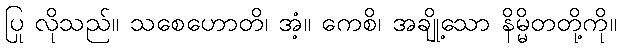
ပြု လိုသည်။ သစေဟောတိ၊ အံ့။ ကေစိ၊ အချို့သော နိမ္မိတတို့ကို။